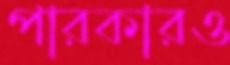
পারকারও